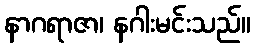
နာဂရာဇာ၊ နဂါးမင်းသည်။